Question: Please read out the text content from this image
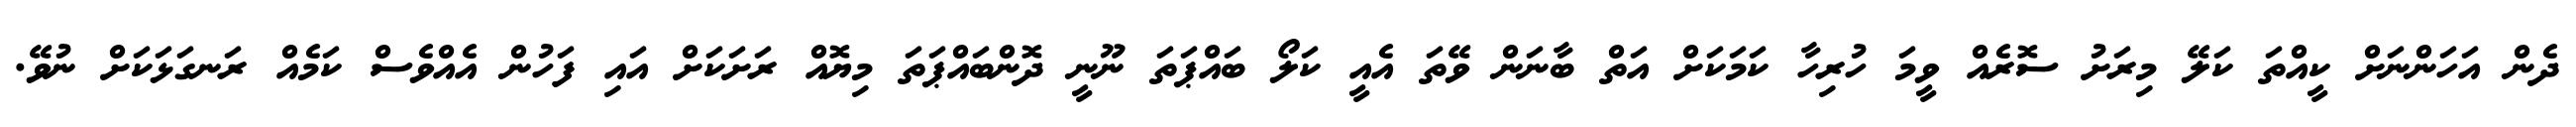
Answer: ދެން އަހަންނަށް ކީއްތަ ކަލޭ މިރަށު ސޮރެއް ވީމަ ހުރިހާ ކަމަކަށް އަތް ބާނަން ވޭތަ އެއީ ކަލޯ ބައްޕަތަ ނޫނީ ދޮންބައްޕަތަ މިޔޮއް ރަށަކަށް އައި ފަހުން އެއްވެސް ކަމެއް ރަނގަޅަކަށް ނުވޭ.